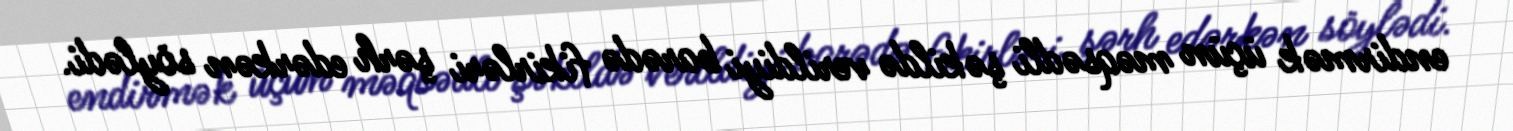
endirmək üçün məqsədli şəkildə verildiyi barədə fikirləri şərh edərkən söylədi.